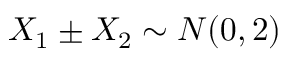
X _ { 1 } \pm X _ { 2 } \sim N ( 0 , 2 )